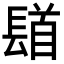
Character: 𨲛